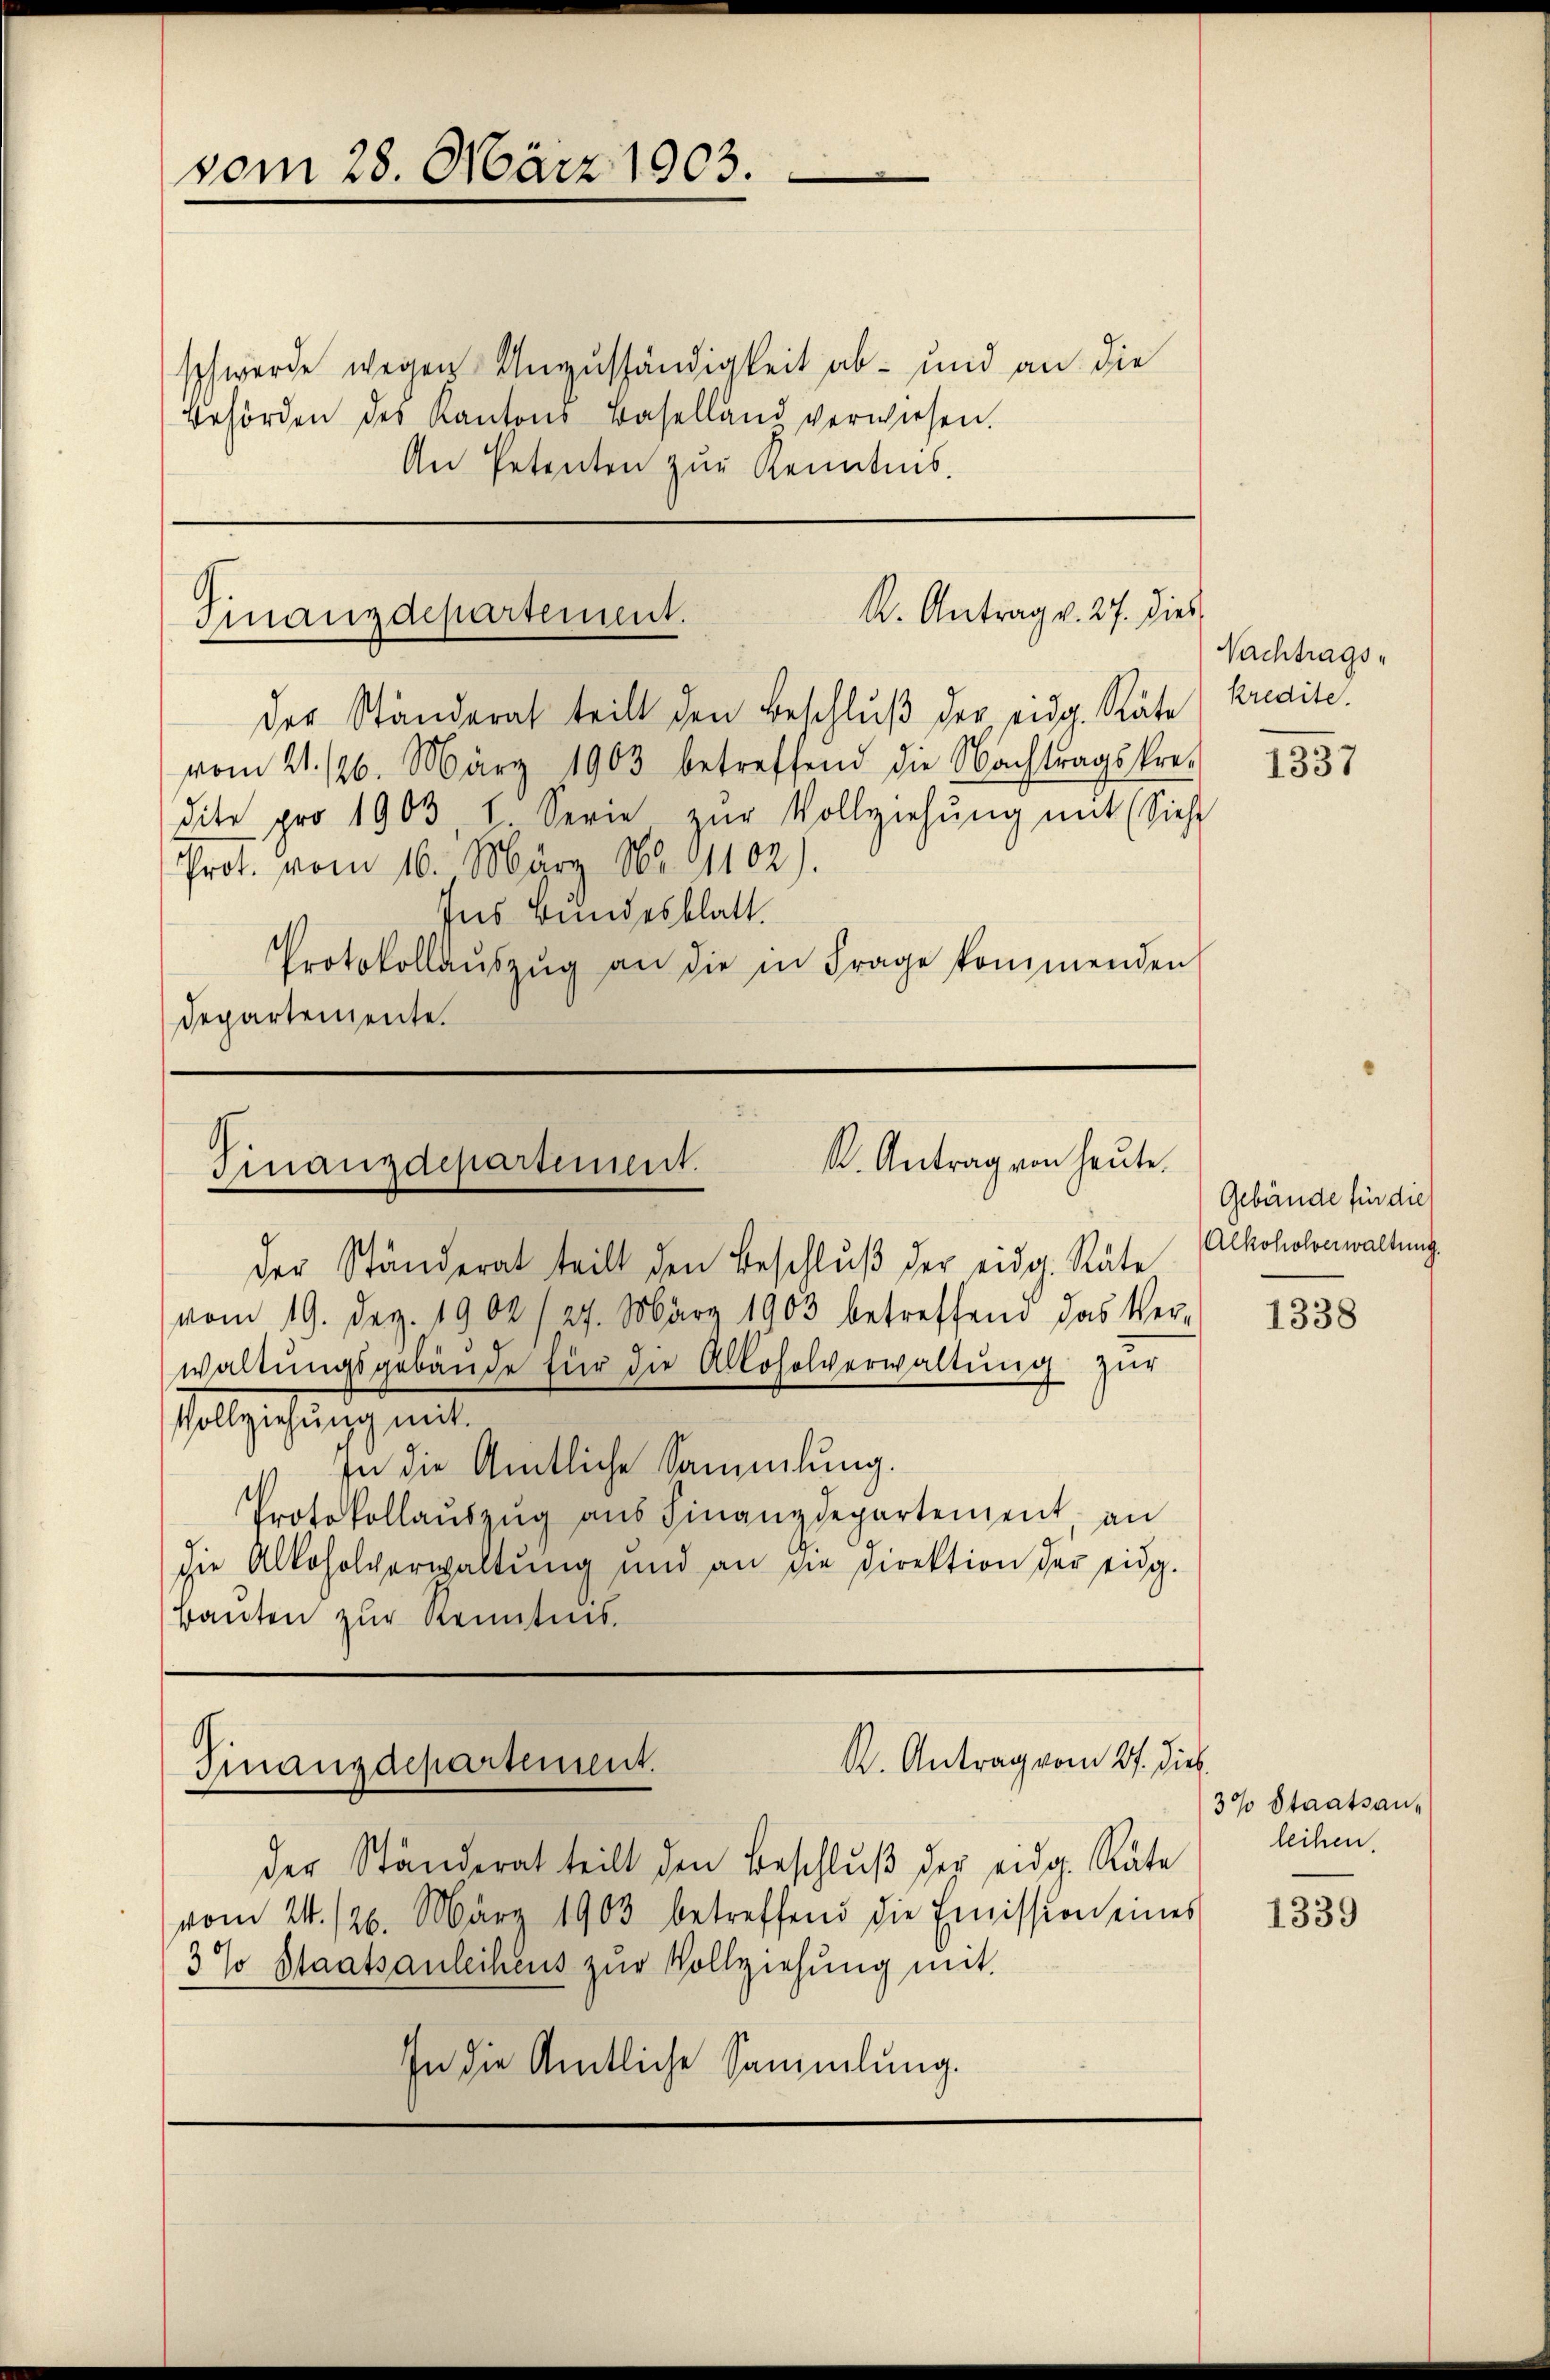
vom 28. März 1903.

schwerde wegen Anzuständigkeit ab- und an die
Behörden des Kantons Baselland verwiesen.
An Petenten zur Kenntnis.

R. Antrag v. 27. Dies
Finanzdepartement.

der Ständerat teilt den Beschlŭβ der eidg. Räte
vom 21. 126. März 1903 betreffend die Nachtragskre-
dite pro 1903 l. Serie zŭr Vollziehŭng mit (Siehe
Prot. vom 16. März 162. 91102)
Ins Bundesblatt.
Protokollaŭszŭg an die in Frage kommenden
Departemente.

K. Antrag von heute.
Finanzdepartement.

der Ständerat teilt den Beschlŭβ der eidg. Räte
vom 19. Dez. 1902 /27. März 1903 betreffend das Ver-
waltungsgebäude für die Alkoholverwaltung zur
Vollziehung mit
In die Amtliche Sammlung.
Protokollauszug aus Finanzdepartement an
die Alkoholverwaltŭng und an die Direktion der eidg.
Bauten zur Kenntnis.

G
R. Antrag vom 27. Die
Finanzdepartement.

der Ständerat teilt den Beschlŭβ der eidg. Räte
vom 24. 126. März 1903 betreffend die Emission eines
3 Jo Staatsanleihens zur Vollziehung mit
In die Amtliche Sammlung.

Nachtragskredite.

1337

Gebäude für dies
Alkoholverwaltung.

1338

3% Staatsanleihen.

1339